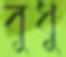
বুধু